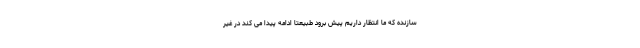
سازنده که ما انتظار داریم پیش برود طبیعتاً ادامه پیدا می کند در غیر